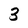
Character: 3